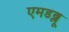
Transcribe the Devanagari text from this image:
एमडब्लू